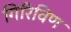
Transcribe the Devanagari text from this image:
गिरिविण